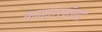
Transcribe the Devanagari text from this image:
कलंदरखाँच्या